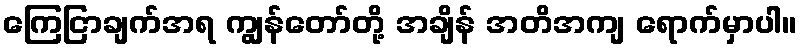
ကြေငြာချက်အရ ကျွန်တော်တို့ အချိန် အတိအကျ ရောက်မှာပါ။